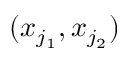
( x _ { j _ { 1 } } , x _ { j _ { 2 } } )